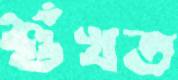
শুঁখত